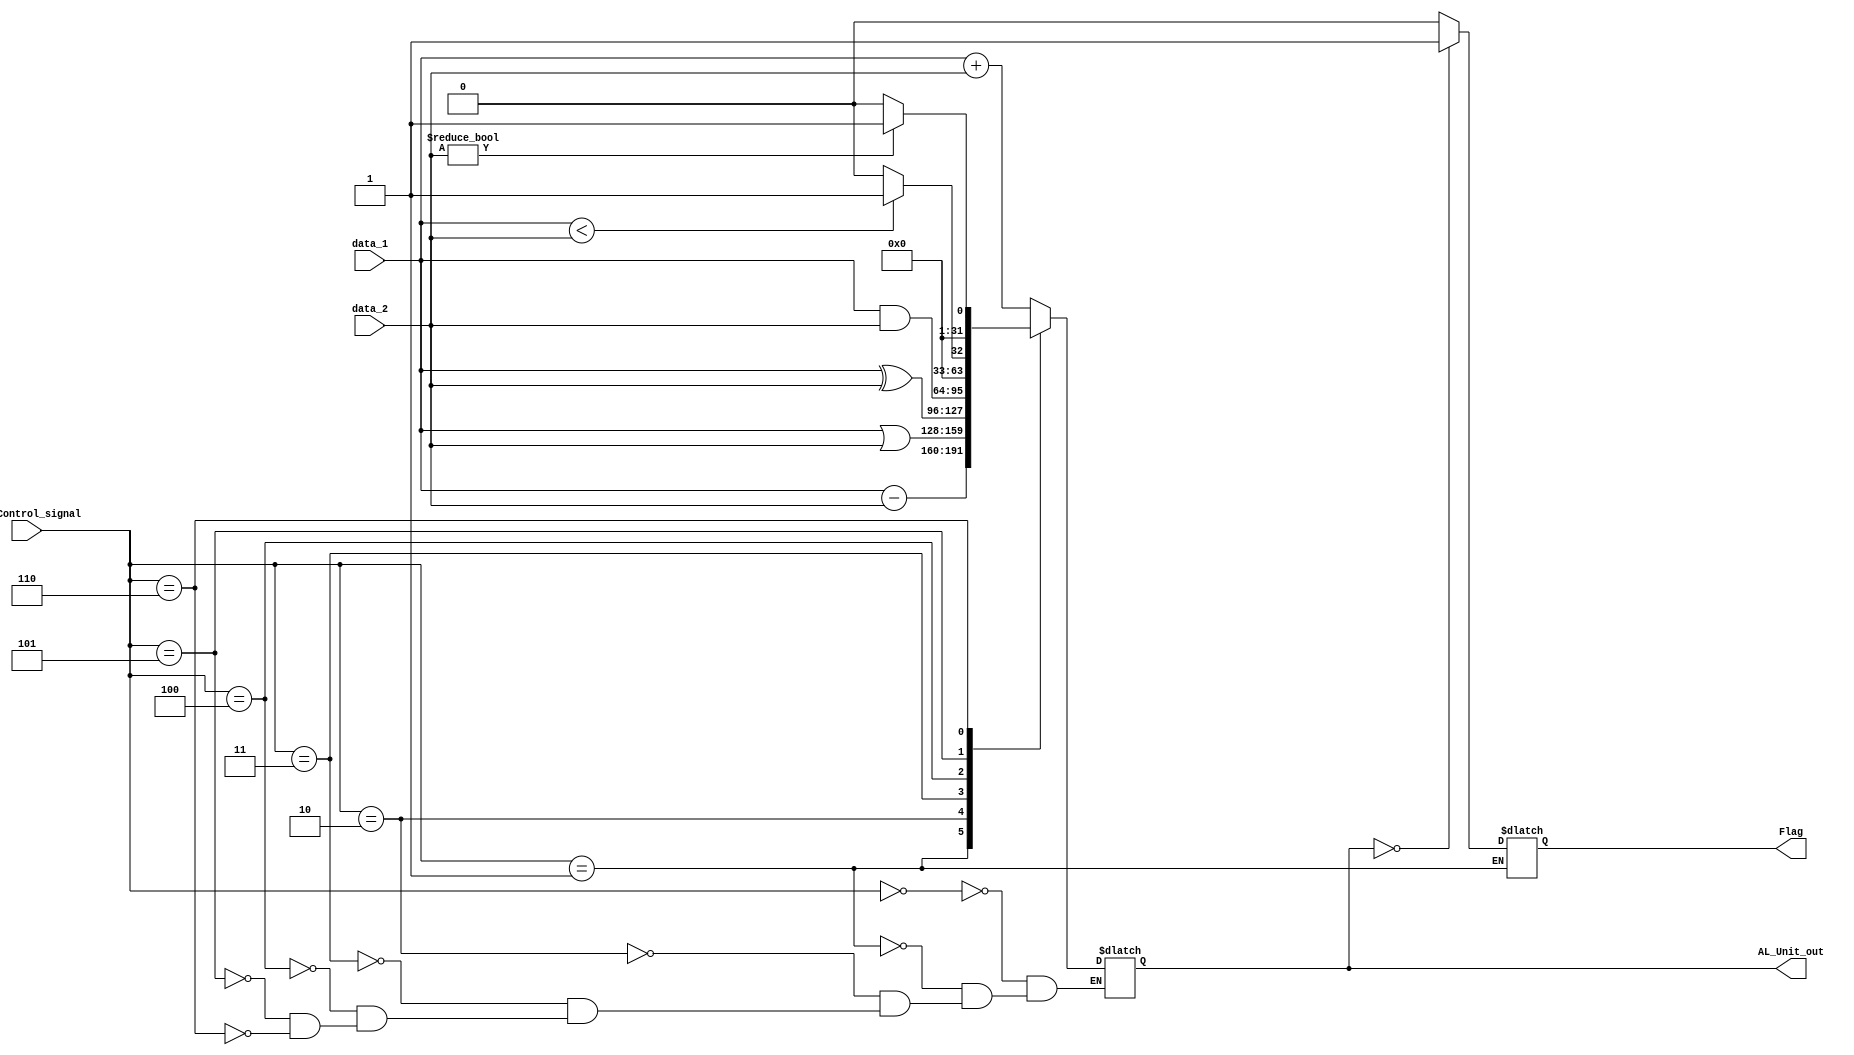
`timescale 1ns / 1ps
module AL_Unit(data_1, data_2, ALU_Control_signal, AL_Unit_out, Flag);
	input [31:0] data_1, data_2;
	input [2:0] ALU_Control_signal;
	output reg [31:0] AL_Unit_out;
	output reg Flag;
	
	always@(*) begin
		case(ALU_Control_signal)
			3'b000:begin
						AL_Unit_out <= data_1 + data_2;
					end
			3'b001:begin
						AL_Unit_out <= data_1 - data_2;
						if(AL_Unit_out == 32'h0000000)
							Flag <= 1'b1;
						else				//Check Equality of two registers
							Flag <= 1'b0;
					end
			3'b010:begin
						AL_Unit_out <= data_1 | data_2;
					end
			3'b011:begin
						AL_Unit_out <= data_1 ^ data_2;
					end
			3'b100:begin
						AL_Unit_out <= data_1 & data_2;
					end
			3'b101:begin
						AL_Unit_out <= (data_1 < data_2) ? 1 : 0;
					end
			3'b110:begin
						AL_Unit_out <= (data_2 != 32'h0000000) ? 1 : 0;
					end
		endcase
	end
endmodule